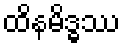
ထိနမိဒ္ဓဿ